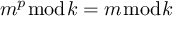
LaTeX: m ^ { p } { \bmod { k } } = m { \bmod { k } }